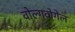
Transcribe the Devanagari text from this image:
वोल्गवोगेल